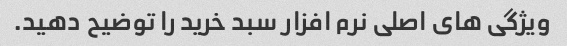
ویژگی های اصلی نرم افزار سبد خرید را توضیح دهید.